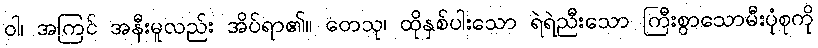
ဝါ၊ အကြင် အနီးမူလည်း အိပ်ရာ၏။ တေသု၊ ထိုနှစ်ပါးသော ရဲရဲညီးသော ကြီးစွာသောမီးပုံစုကို